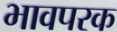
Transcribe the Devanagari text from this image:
भावपरक